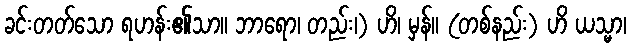
ခင်းတတ်သော ရဟန်း၏သာ။ ဘာရော၊ တည်း၊) ဟိ၊ မှန်။ (တစ်နည်း) ဟိ ယသ္မာ၊